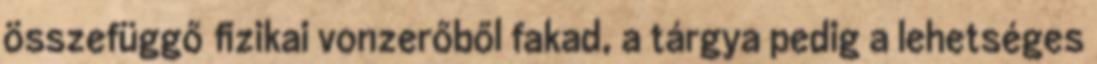
összefüggő ﬁzikai vonzerőből fakad, a tárgya pedig a lehetséges